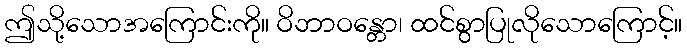
ဤသို့သောအကြောင်းကို။ ဝိဘာဝန္တော၊ ထင်စွာပြုလိုသောကြောင့်။